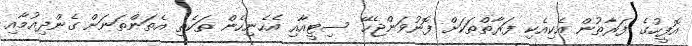
އޮފީހުގެ ފަރާތުން އެކިއެކި ފަރާތްތަކަށް ފޮނުވަންޖެހޭ ސިޓީއާއި އެހެނިހެން ތަކެތި އެތަންތަނަށް ގެންދިއުމާއި